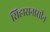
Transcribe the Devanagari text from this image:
सिहासनासीन